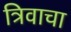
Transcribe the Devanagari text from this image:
त्रिवाचा